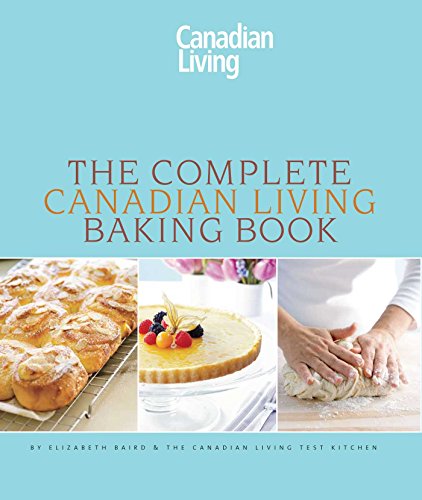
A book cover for The Complete Canadian Living Baking Book: The Essentials of Home Baking; Elizabeth Baird; Cookbooks, Food & Wine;